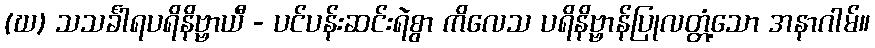
(ဃ) သသင်္ခါရပရိနိဗ္ဗာယီ - ပင်ပန်းဆင်းရဲစွာ ကိလေသ ပရိနိဗ္ဗာန်ပြုလတ္တံ့သော အနာဂါမ်။